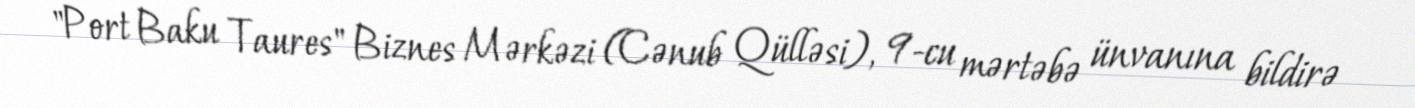
"Port Baku Taures" Biznes Mərkəzi (Cənub Qülləsi), 9-cu mərtəbə ünvanına bildirə